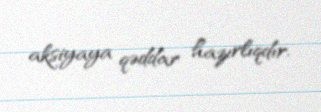
aksiyaya qəddar hazırlıqdır.